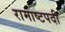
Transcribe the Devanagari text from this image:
रामाष्टपदी